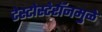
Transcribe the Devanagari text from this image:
टेस्टोस्टेरॉनमुळे